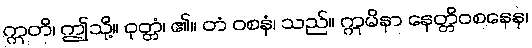
ဣတိ၊ ဤသို့။ ဝုတ္တံ၊ ၏။ တံ ဝစနံ၊ သည်။ ဣမိနာ နေတ္တိဝစနေန၊